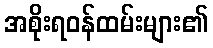
အစိုးရဝန်ထမ်းများ၏